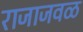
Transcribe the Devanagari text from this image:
राजाजवळ